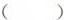
( )